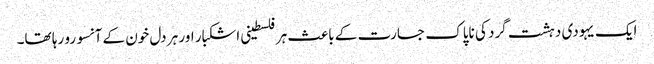
ایک یہودی دہشت گرد کی ناپاک جسارت کے باعث ہرفلسطینی اشکبار اور ہر دل خون کے آنسو رو رہا تھا۔